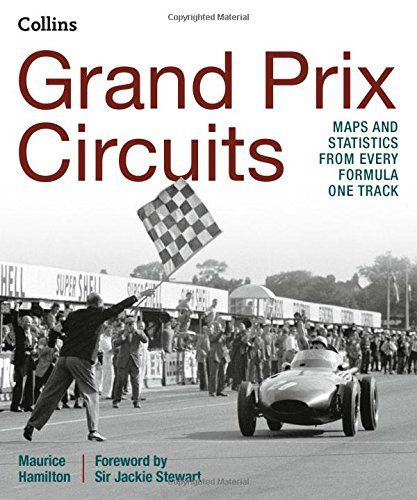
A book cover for Grand Prix Circuits: History and Course Map for Every Formula One Circuit; Maurice Hamilton; Engineering & Transportation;